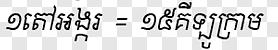
១តៅអង្ករ = ១៥គីឡូក្រាម